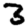
Digit: 3